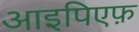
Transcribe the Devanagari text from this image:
आइपिएफ़